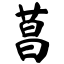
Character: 莒